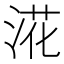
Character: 㳸